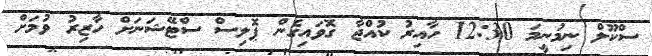
ސްކޫލް ނިމުނީމަ 12:30 ހާއިރު ކުއްޖާ ގޮވައިގެން ޕޮލިސް ސްޓޭޝަނަށް ހާޒިރު ވުމަށް